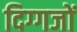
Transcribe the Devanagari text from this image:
दिग्‍गजों